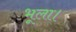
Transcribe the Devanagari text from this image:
भूला।